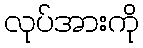
လုပ်အားကို